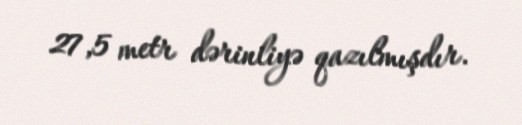
27,5 metr dərinliyə qazılmışdır.